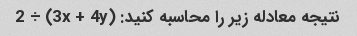
نتیجه معادله زیر را محاسبه کنید: (3x + 4y) ÷ 2